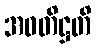
အဝတိဋ္ဌတိ